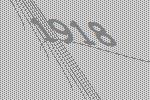
1918